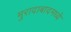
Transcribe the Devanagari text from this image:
मुरादाबादमध्ये